Annual statistical returns and brief notes on vaccination in Bengal - 1887-1898
Year: 1887
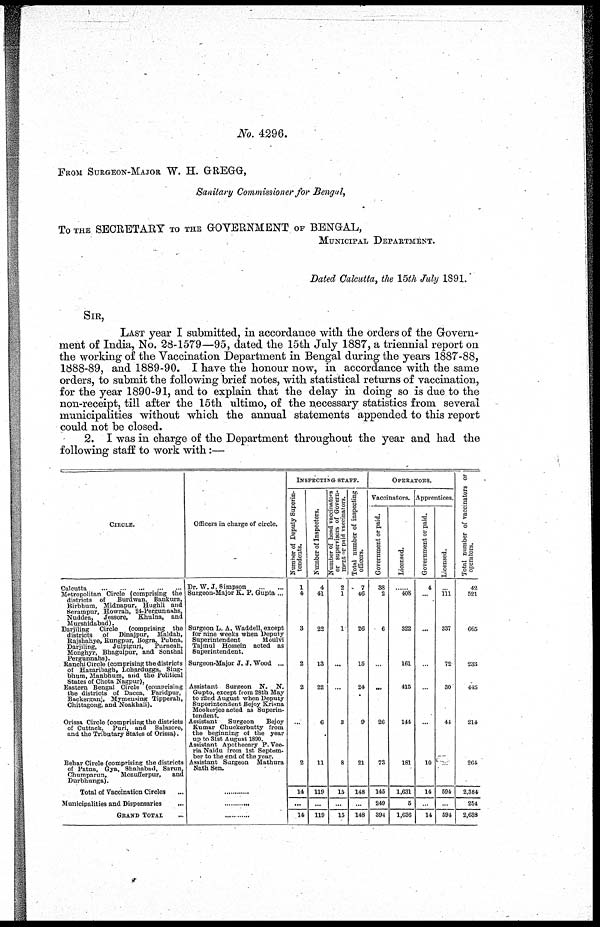
No. 4296.
FROM SURGEON-MAJOR W. H. GREGG,
Sanitary Commissioner for Bengal,
TO THE SECRETARY TO THE GOVERNMENT OF BENGAL,
MUNICIPAL DEPARTMENT.
Dated Calcutta, the 15th July 1891.
SIR,
LAST year I submitted, in accordance with the orders of the Govern-
ment of India, No. 28-1579—95, dated the 15th July 1887, a triennial report on
the working of the Vaccination Department in Bengal during the years 1887-88,
1888-89, and 1889-90. I have the honour now, in accordance with the same
orders, to submit the following brief notes, with statistical returns of vaccination,
for the year 1890-91, and to explain that the delay in doing so is due to the
non-receipt, till after the 15th ultimo, of the necessary statistics from several
municipalities without which the annual statements appended to this report
could not be closed.
2. I was in charge of the Department throughout the year and had the
following staff to work with:—
CIRCLE.
Calcutta ... ... ... ... ... ...
Metropolitan Circle (comprising the
districts of
Burdwan, Bankura,
Birbhum, Midnapur, Hughli and
Serampur, Howrah, 24-Pergunnahs,
Nuddea,
Jessore, Khulna, and
Murshidabad).
Darjiling
Circle
(comprising the
districts
of Dinajpur, Maldah,
Rajshahye, Rungpur, Bogra, Pubna,
Darjiling,
Julpiguri,
Purneah,
Monghyr, Bhagulpur, and Sonthal
Pergunnahs).
Ranchi Circle (comprising the districts
of Hazaribagh, Lohardugga, Sing-
bhum, Manbhum, and the Political
States of Chota Nagpur).
Eastern Bengal Circle (comprising
the districts of Dacca, Faridpur,
Backerganj, Mymensing Tipperah,
Chittagong, and Noakhali).
Orissa Circle (comprising the districts
of Cuttack, Pari, and Bolasore,
and the Tributary States of Orissa).
Bebar Circle (comprising the districts
of Patna, Gya, Shahabad, Sarun,
Chumparun,
Mozufferpur,
and
Durbhunga).
Total of Vaccination Circles ...
Municipalities and Dispensaries
...
GRAND TOTAL ...
Officers in charge of circle.
Dr. W. J. Simpson
...
...
Surgeon-Major K. P. Gupta ...
Surgeon L. A. Waddell, except
for nine weeks when Deputy
Superintendent
Moulvi
Tajmul Hossein acted as
Superintendent.
Surgeon-Major J. J. Wood ...
Assistant Surgeon N. N.
Gupto, except from 28th May
to 22nd August when Deputy
Superintendent Bejoy Krisna
Mookerjee acted as Superin-
tendent.
Assistant
Surgeon
Bejoy
Kumar Chuckerbutty from
the beginning of the year
up to 31st August 1890.
Assistant Apothecary P.Vee-
riaNaidu from 1st Septem-
ber to the end of the year.
Assistant Surgeon Mathura
Nath Sen.
......
......
......
INSPECTING STAFF.
Number of Deputy Superin-
tendents.
1
4
3
2
2
...
2
14
...
14
Number of Inspectors.
4
41
22
13
22
6
11
119
...
119
Number of head vaccinators
or supervisors of Govern-
ment or paid vaccinators.
2
1
1
...
...
3
8
15
...
15
Total number of inspecting
officers.
7
46
26
15
24
9
21
148
...
148
OPERATORS.
Vaccinators.
Government or paid.
38
2
6
...
...
26
73
145
249
394
Licensed.
......
408
322
161
415
144
181
1,631
5
1,636
Apprentices.
Government or paid.
4
...
...
...
...
...
10
14
...
14
Licensed.
...
111
337
72
30
44
...
594
...
594
Total number of vaccinators or
operators.
42
521
665
233
445
214
264
2,384
254
2,638